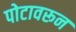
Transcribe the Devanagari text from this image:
पोटावरून